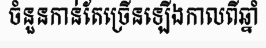
ចំនួនកាន់តែច្រើនឡើងកាលពីឆ្នាំ